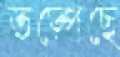
তড়্‌পেছে